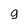
Character: 9